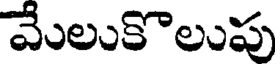
మేలుకొలుపు